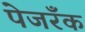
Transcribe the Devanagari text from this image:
पेजरॅँक